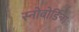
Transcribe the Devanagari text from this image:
स्नोबोर्डिन्ग